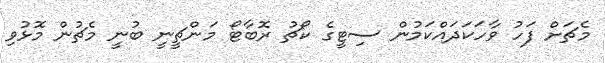
މެޗަށް ފަހު ވާހަކަދައްކަމުން ސިޓީގެ ކޯޗު ރޮބާޓޯ މަންޗީނީ ބުނީ މެޗުން މޮޅުވި